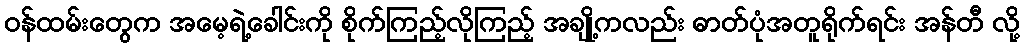
ဝန်ထမ်းတွေက အမေ့ရဲ့ခေါင်းကို စိုက်ကြည့်လိုကြည့် အချို့ကလည်း ဓာတ်ပုံအတူရိုက်ရင်း အန်တီ လို့